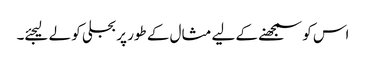
اس کو سمجھنے کے لیے مثال کے طور پر بجلی کو لے لیجئے۔